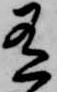
有